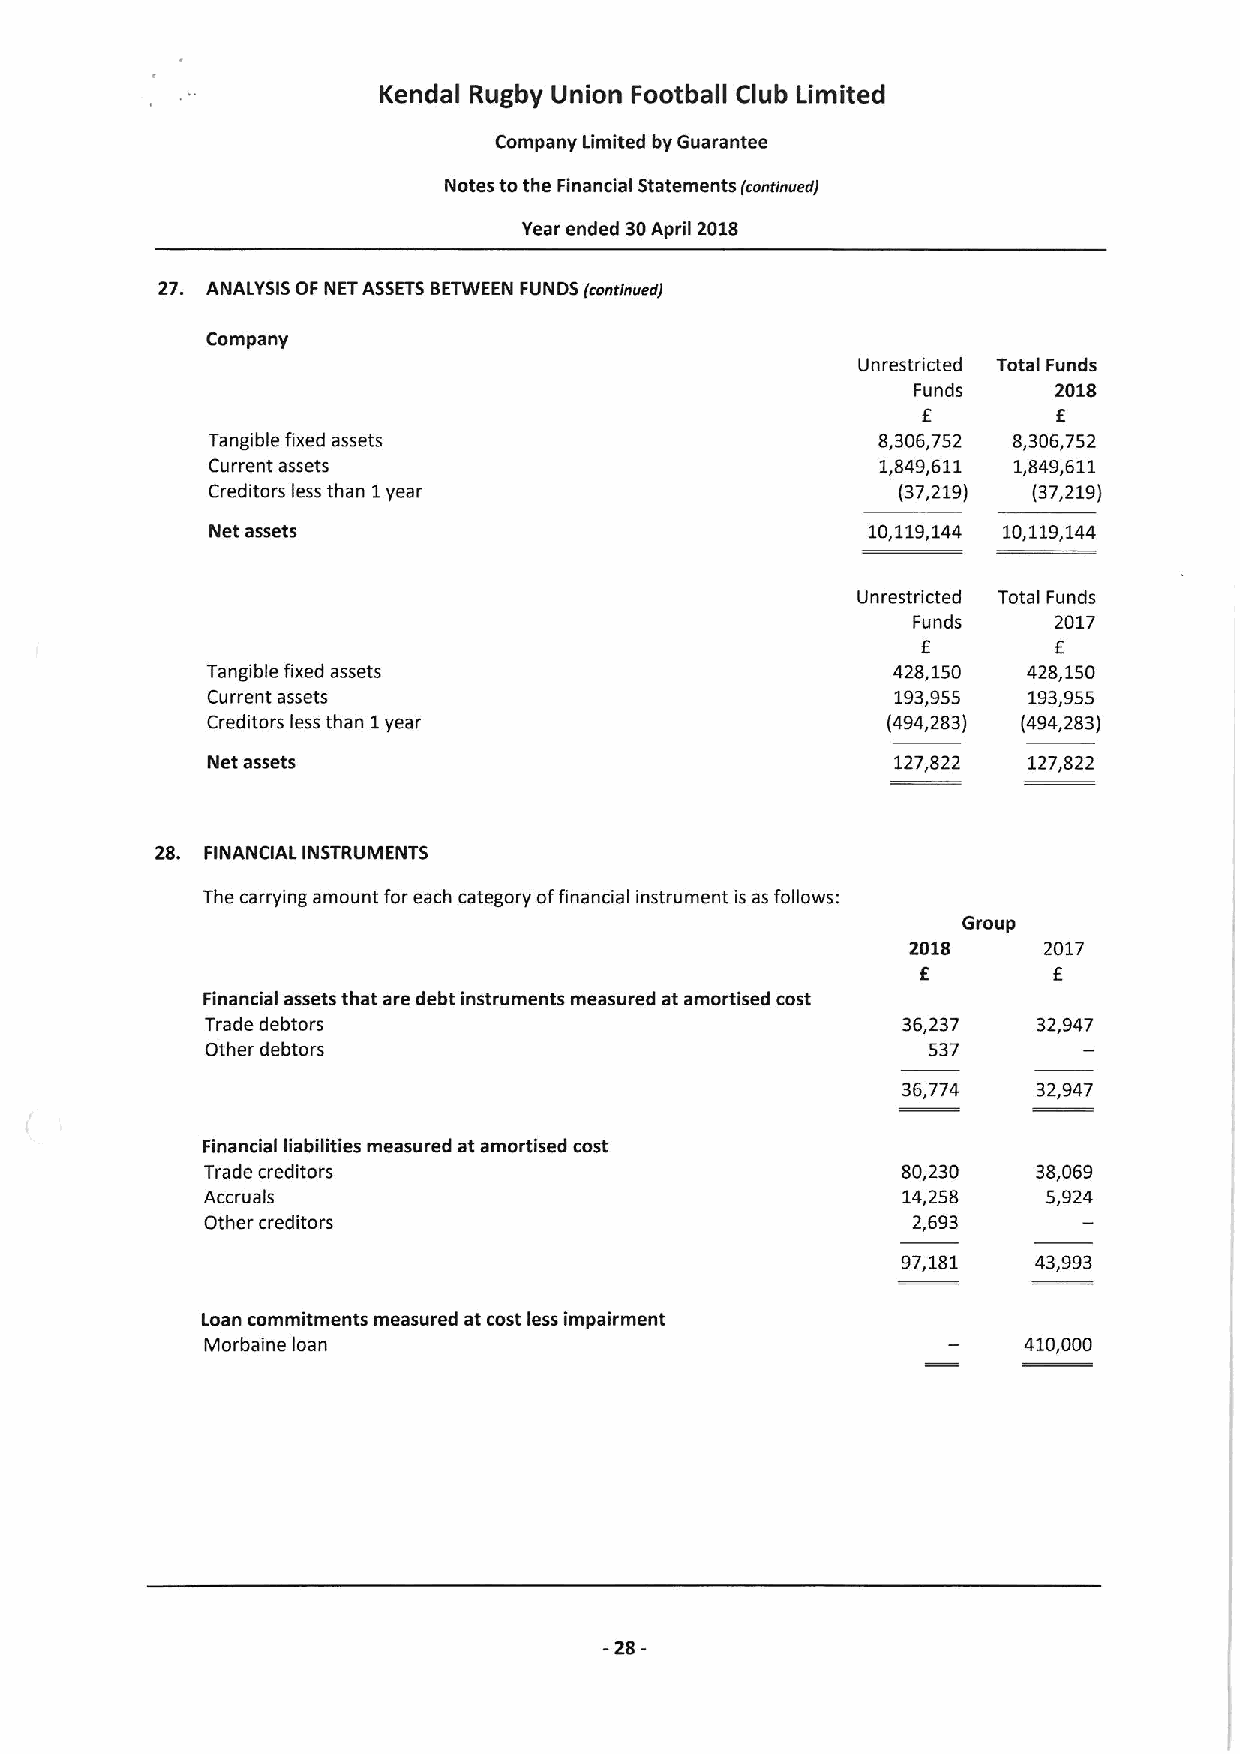
Kendal Rugby Union Football Club Limited
 Company Limited by Guarantee
 Notes tothe Financial Statements (rarrrinrrerr)
 Year ended 30April 2018
 27. ANALYSIS OF NETASSETSBETWEEN FUNDS (roarinuedi
 Company
 Unrestricted Total Funds
 Funds    2018
 E        E
 Tangible fixed assets                       8,306,752 8,306,752
 Current assets                              1,849,611 1,849,611
 Creditors less than 1year                    (37,219) (37,219)
 Net assets                                  10,119,144 10,119,144
 Unrestricted TotalFunds
 Funds     2017
 E        E
 Tangible fixed assets                        428,150  428,150
 Current assets                               193,955  193,955
 Creditors less than 1year                    (494,283) (494,283)
 Net assets                                   127,822  127,822
 28. FINANCIAL INSTRUMENTS
 The carrying amount for each category offinancial instrument is as follows:
 Group
 2018     2017
 E        E
 Financial assets that are debt instruments measured at amortised cost
 Trade debtors                                 36,237   32,947
 Other debtors                                  537
 36,774   32,947
 Financial liabilities measured at amortised cost
 Trade creditors                               80,230   38,069
 Accruals                                      14,258   5,924
 Other creditors                               2,693
 97,181   43,993
 Loan commitments measured at cost less impairment
 Morbaine loan                                         410,000
 -28-